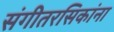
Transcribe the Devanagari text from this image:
संगीतरसिकांना